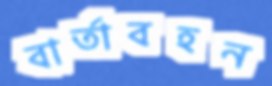
বার্তাবহন